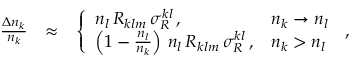
\begin{array} { r l r } { \frac { \Delta n _ { k } } { n _ { k } } } & { \approx } & { \left\{ \begin{array} { l l } { n _ { l } \, { \cal R } _ { k l m } \, \sigma _ { R } ^ { k l } \, , } & { n _ { k } \rightarrow n _ { l } } \\ { \left( 1 - \frac { n _ { l } } { n _ { k } } \right) \, n _ { l } \, { \cal R } _ { k l m } \, \sigma _ { R } ^ { k l } \, , } & { n _ { k } > n _ { l } } \end{array} \right. \, , } \end{array}